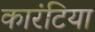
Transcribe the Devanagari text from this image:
कारंटिया